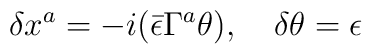
\delta x^a = - i (\bar{\epsilon} \Gamma^a \theta ),\,\,\,\,\,\,\delta \theta = \epsilon